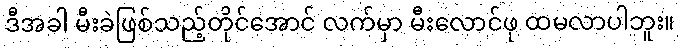
ဒီအခါ မီးခဲဖြစ်သည့်တိုင်အောင် လက်မှာ မီးလောင်ဖု ထမလာပါဘူး။